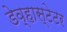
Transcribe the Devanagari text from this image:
डेव्हास्टेटर